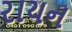
રાયન